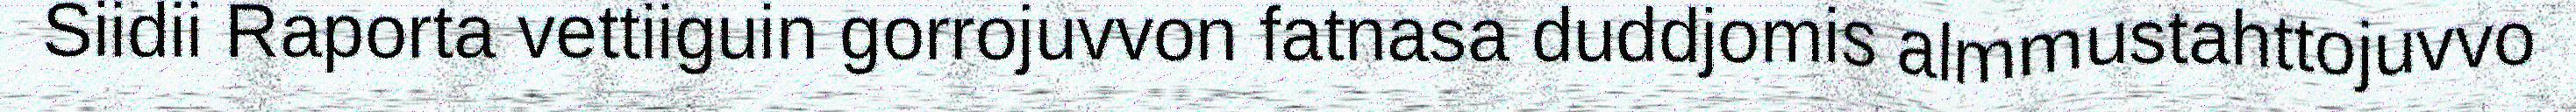
Siidii Raporta vettiiguin gorrojuvvon fatnasa duddjomis almmustahttojuvvo